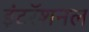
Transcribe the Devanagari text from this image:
इंटरॅशनल